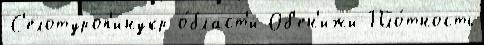
С'елотуроп'инукр о́бласт'и Об'ен'ижи Пло́тность